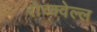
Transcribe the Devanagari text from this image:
रोच्क्वेल्ल